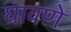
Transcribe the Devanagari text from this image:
घावणे